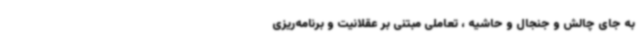
به جای چالش و جنجال و حاشیه ، تعاملی مبتنی بر عقلانیت و برنامه‌ریزی